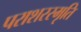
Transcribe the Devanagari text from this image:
पराशरस्मृति